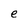
Character: e